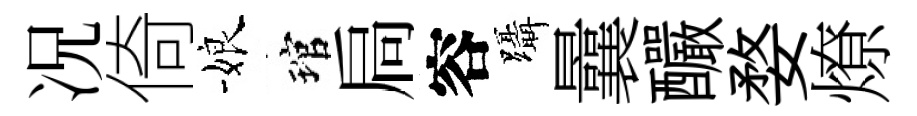
况倚娘琯扃容躡曩釅婺燎